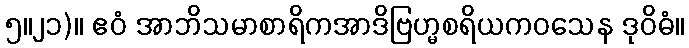
၅။၂၁)။ ဧဝံ အာဘိသမာစာရိကအာဒိဗြဟ္မစရိယကဝသေန ဒုဝိဓံ။